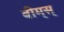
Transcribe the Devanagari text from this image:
बीम्‌स्